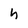
Character: h